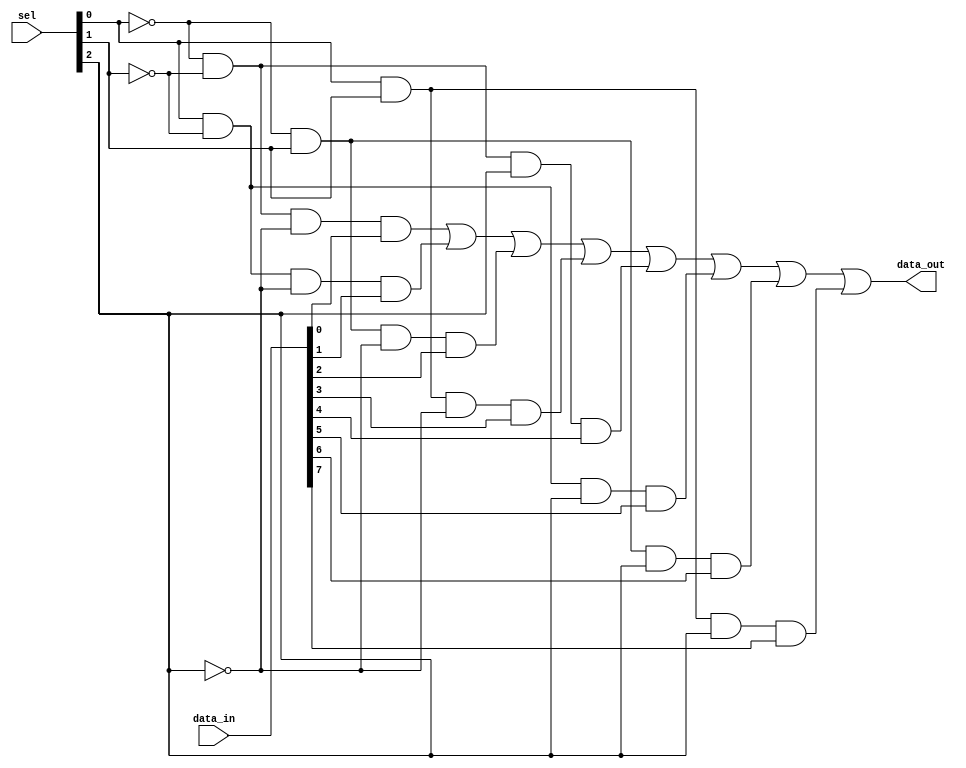
// Template for problem b

module eight_one_mux(data_out, data_in, sel);
	output data_out;
	input [7:0] data_in;
	input [2:0] sel;
	wire [2:0] sel_not;
	wire [7:0] mux_int;
	
	not n0(sel_not[0],sel[0]);
	not n1(sel_not[1],sel[1]);
	not n2(sel_not[2],sel[2]);

	
	and a0(mux_int[0], sel_not[0], sel_not[1], sel_not[2], data_in[0]);
	and a1(mux_int[1], sel[0], sel_not[1], sel_not[2], data_in[1]);
	and a2(mux_int[2], sel_not[0], sel[1], sel_not[2], data_in[2]);
	and a3(mux_int[3], sel[0], sel[1], sel_not[2], data_in[3]);
	and a4(mux_int[4], sel_not[0], sel_not[1], sel[2], data_in[4]);
	and a5(mux_int[5], sel[0], sel_not[1], sel[2], data_in[5]);
	and a6(mux_int[6], sel_not[0], sel[1], sel[2], data_in[6]);
	and a7(mux_int[7], sel[0], sel[1], sel[2], data_in[7]);	
	
	or o0(data_out, mux_int[0], mux_int[1], mux_int[2], mux_int[3], mux_int[4], mux_int[5], mux_int[6], mux_int[7]);
	
	
endmodule